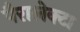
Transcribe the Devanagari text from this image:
पैरालेक्टा